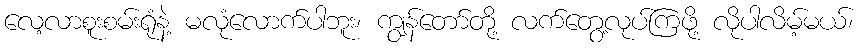
လေ့လာစူးစမ်းရုံနဲ့ မလုံလောက်ပါဘူး၊ ကျွန်တော်တို့ လက်တွေ့လုပ်ကြဖို့ လိုပါလိမ့်မယ်၊